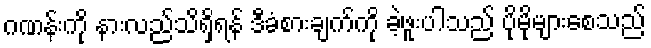
ဂဏန်းကို နားလည်သိရှိရန် ဒီခံစားချက်ကို ခဲ့ဖူးပါသည် ပိုမိုများစေသည်